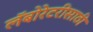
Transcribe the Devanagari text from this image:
लॅबोरेटरीसाठी